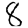
Digit: 8